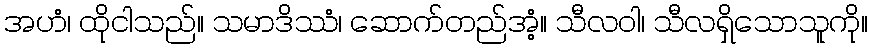
အဟံ၊ ထိုငါသည်။ သမာဒိဿံ၊ ဆောက်တည်အံ့။ သီလဝါ၊ သီလရှိသောသူကို။